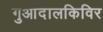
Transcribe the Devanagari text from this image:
गुआदालकिविर